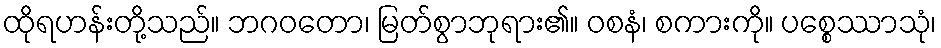
ထိုရဟန်းတို့သည်။ ဘဂဝတော၊ မြတ်စွာဘုရား၏။ ဝစနံ၊ စကားကို။ ပစ္စေဿာသုံ၊